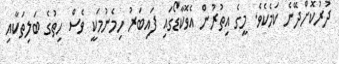
ދުރުކޮށްދޭނެ ކަމެކެވެ. މީގެ އިތުރުން އެވޮކާޑޯގައި ފައިބަރު ހިމެނުމަކީ ވެސް ހިތުގެ ބަލިތަކާއި